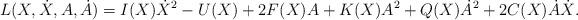
LaTeX: \begin{align*}L(X,\dot{X}, A, \dot{A})=I(X)\dot{X}^2-U(X)+2F(X)A + K(X)A^2 + Q(X)\dot{A}^2 + 2C(X)\dot{A}\dot{X}.\end{align*}